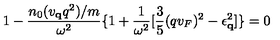
1 - \frac { n _ { 0 } ( v _ { { \bf { q } } } q ^ { 2 } ) / m } { \omega ^ { 2 } } \{ 1 + \frac { 1 } { \omega ^ { 2 } } [ \frac { 3 } { 5 } ( q v _ { F } ) ^ { 2 } - \epsilon _ { { \bf { q } } } ^ { 2 } ] \} = 0